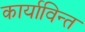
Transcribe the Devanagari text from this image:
कार्याविन्त